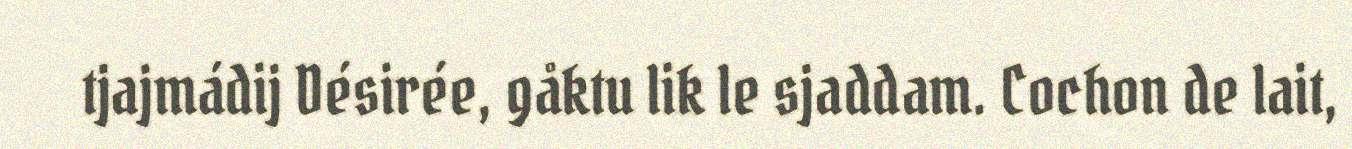
tjajmádij Désirée, gåktu lik le sjaddam. Cochon de lait,